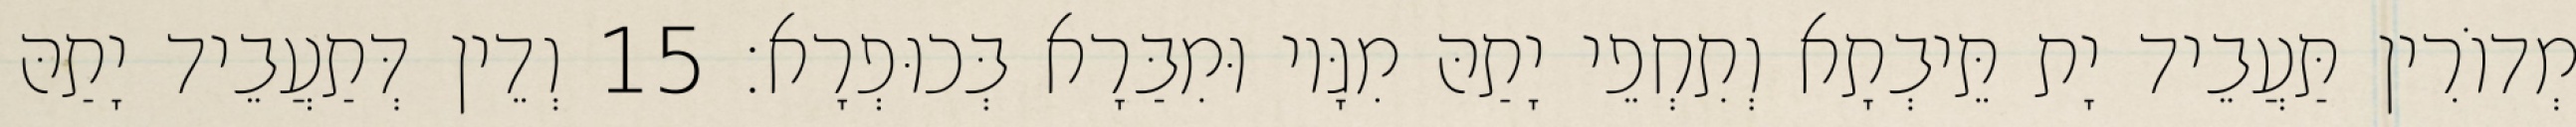
מְדוֹרִין תַּעֲבֵיד יָת תֵּיבְתָא וְתִחְפֵי יָתַהּ מִגָּיו וּמִבַּרָא בְּכוּפְרָא׃ 15 וְדֵין דְּתַעֲבֵיד יָתַהּ